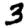
Digit: 3